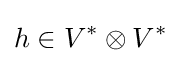
h\in V^{*}\otimes V^{*}